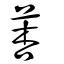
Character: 莕